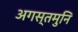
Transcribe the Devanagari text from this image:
अगस्तमुनि